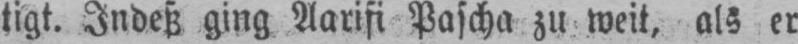
tigt. Indeß ging Aarifi Pascha zu weit, als er